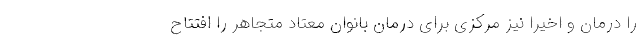
را درمان و اخیرا نیز مرکزی برای درمان بانوان معتاد متجاهر را افتتاح